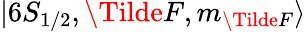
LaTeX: \lvert 6S_{1/2},\Tilde{F},m_{\Tilde{F}}\rangle